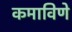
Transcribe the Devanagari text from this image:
कमाविणे